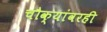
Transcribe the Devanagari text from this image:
चौक्यांवरही